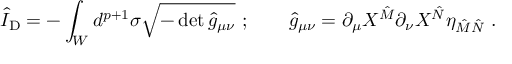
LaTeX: \hat { I } _ { \mathrm { D } } = - \int _ { W } d ^ { p + 1 } \sigma \sqrt { - \operatorname * { d e t } { \hat { g } } _ { \mu \nu } } \ ; \qquad \hat { g } _ { \mu \nu } = \partial _ { \mu } X ^ { \hat { M } } \partial _ { \nu } X ^ { \hat { N } } \eta _ { \hat { M } \hat { N } } \ .